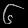
Digit: ၆